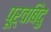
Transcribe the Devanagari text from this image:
पूर्वबिंदु